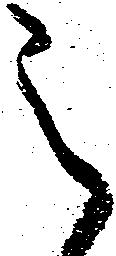
之